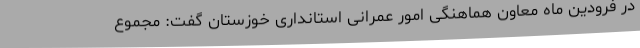
در فرودین ماه معاون هماهنگی امور عمرانی استانداری خوزستان گفت: مجموع